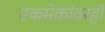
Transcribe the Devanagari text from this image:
एकमेकांवरही